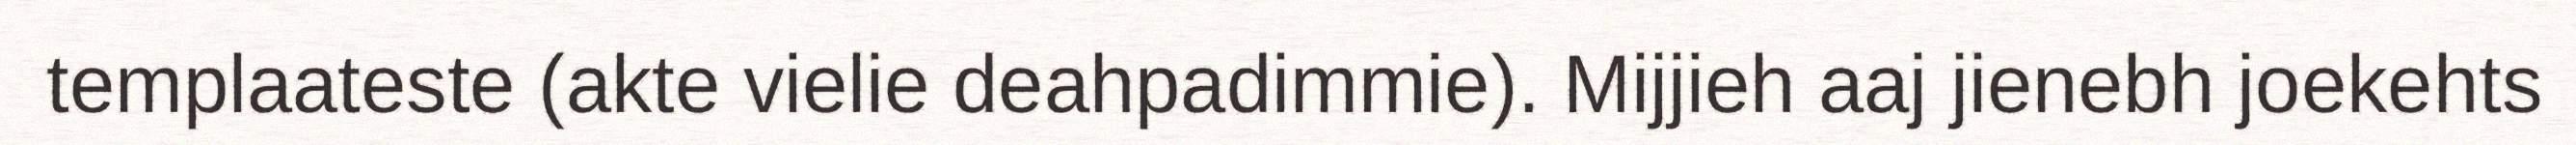
templaateste (akte vielie deahpadimmie). Mijjieh aaj jienebh joekehts